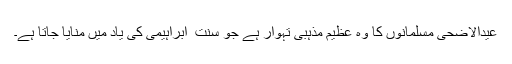
عیدالاضحی مسلمانوں کا وہ عظیم مذہبی تہوار ہے جو سنت ِ ابراہیمی کی یاد میں منایا جاتا ہے۔